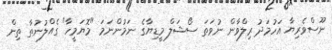
ނޫސްވެރިޔާ އަހުމަދު ރިލްވާން ނުވަތަ ސޯޝަލް މީޑިޔާގެ ނަމުންނަމަ "މޮޔަމީހާ" ގެއްލުނުތާ ތިން